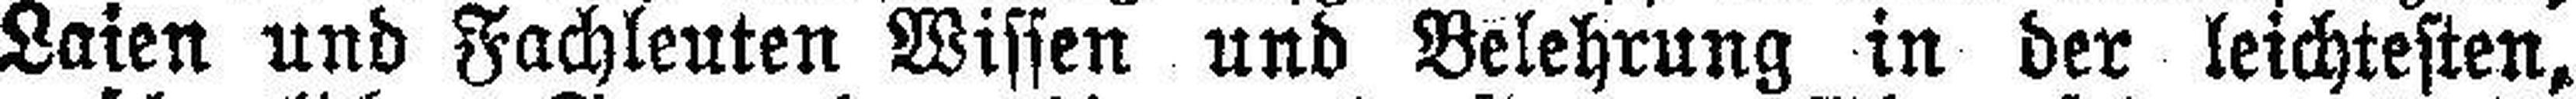
Laien und Fachleuten Wissen und Belehrung in der leichtesten,